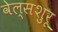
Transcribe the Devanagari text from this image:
वेल्सशुरू